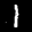
Label: 1